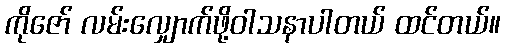
ကိုဇော် လမ်းလျှောက်ဖို့ဝါသနာပါတယ် ထင်တယ်။